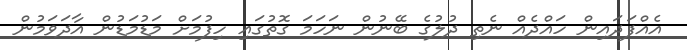
އެއްފަދައިން ހައްދެއް ނެތި ދުލުގެ ބޭނުން ނަހަމަ ގޮތުގައި ހިފުމަށް މަޑުމަޑުން އާދަވަމުން